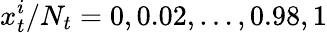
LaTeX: x_{t}^{i}/N_{t}=0,0.02,\ldots,0.98,1